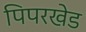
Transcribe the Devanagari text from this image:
पिपरखेड